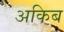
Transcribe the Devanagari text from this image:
अकिब